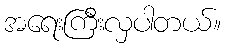
အရေးကြီးလှပါတယ်။